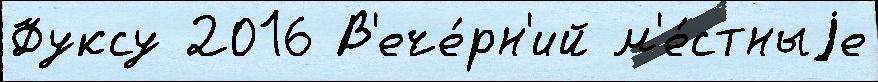
Фуксу 2016 В'ече́рн'ий м'е́стныjе